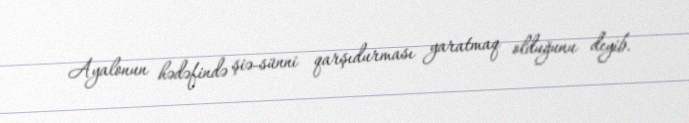
Ayalonun hədəfində şiə-sünni qarşıdurması yaratmaq olduğunu deyib.